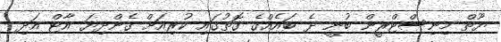
ޔޫތް މިނިސްޓްރީން ބުނީ ދެ ބައެއްގެ ގޮތުގައި ކުރިއަށް ގެންދިޔަ އާޓް އަދި